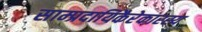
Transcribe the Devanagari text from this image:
साम्प्रदायिकैरेकारस्य